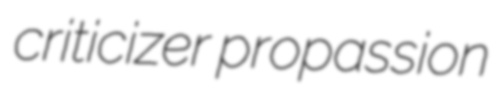
criticizer propassion